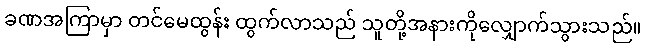
ခဏအကြာမှာ တင်မေထွန်း ထွက်လာသည် သူတို့အနားကိုလျှောက်သွားသည်။